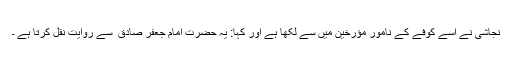
نجاشی نے اسے کوفے کے نامور مؤرخین میں سے لکھا ہے اور کہا: یہ حضرت امام جعفر صادق ؑ سے روایت نقل کرتا ہے ۔